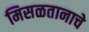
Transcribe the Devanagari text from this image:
मिसळतानाचे